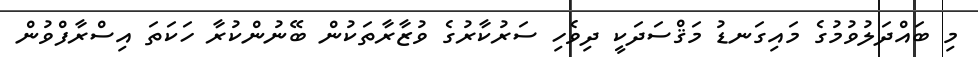
މި ބައްދަލުވުމުގެ މައިގަނޑު މަޤްސަދަކީ ދިވެހި ސަރުކާރުގެ ވުޒާރާތަކުން ބޭނުންކުރާ ހަކަތަ އިސްރާފްވުން